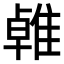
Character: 𨿧